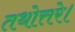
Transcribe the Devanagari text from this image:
तथोत्तरे।